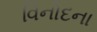
વિનોદના